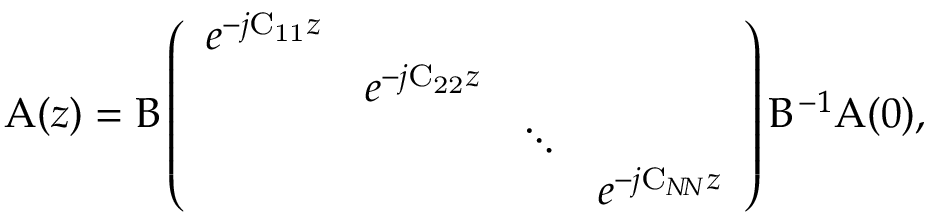
\boldsymbol { \mathrm { A } } ( z ) = \boldsymbol { \mathrm { B } } \left( \begin{array} { l l l l } { e ^ { - j \mathrm { C _ { 1 1 } } z } } & & & \\ & { e ^ { - j \mathrm { C _ { 2 2 } } z } } & & \\ & & { \ddots } & \\ & & & { e ^ { - j \mathrm { C } _ { N \! N } z } } \end{array} \right) \boldsymbol { \mathrm { B ^ { - 1 } } } \boldsymbol { \mathrm { A } } ( 0 ) ,